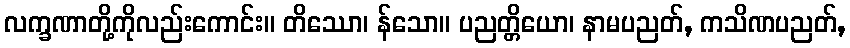
လက္ခဏာတို့ကိုလည်းကောင်း။ တိဿော၊ န်သော။ ပညတ္တိယော၊ နာမပညတ်, ကသိဏပညတ်,